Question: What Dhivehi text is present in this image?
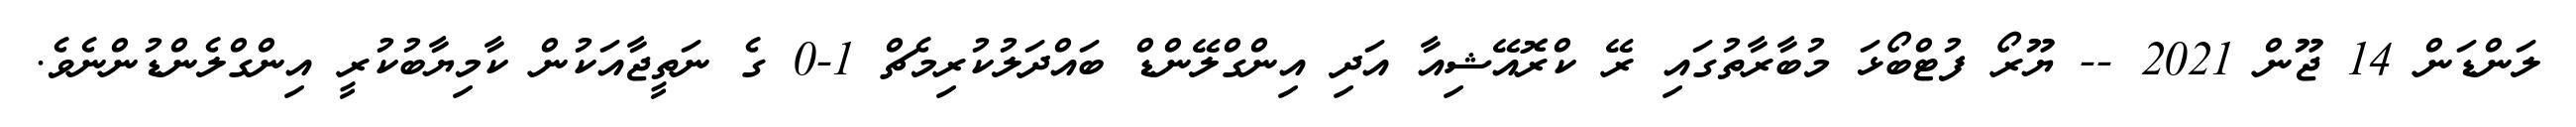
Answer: ލަންޑަން 14 ޖޫން 2021 -- ޔޫރޯ ފުޓްބޯޅަ މުބާރާތުގައި ރޭ ކްރޮއޭޝިއާ އަދި އިންގްލޭންޑް ބައްދަލުކުރިމެޗް 1-0 ގެ ނަތީޖާއަކުން ކާމިޔާބުކުރީ އިންގްލެންޑުންނެވެ.